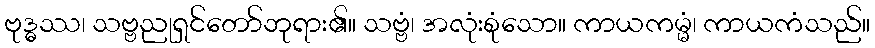
ဗုဒ္ဓဿ၊ သဗ္ဗညုရှင်တော်ဘုရား၏။ သဗ္ဗံ၊ အလုံးစုံသော။ ကာယကမ္မံ၊ ကာယကံသည်။